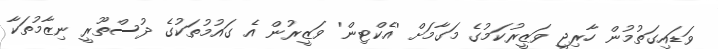
ވަޑައިގަތުމުން ހާރިޖީ ވަޒީރުކަމުގެ މަގާމަށް 'އެކްޓިން' ވަޒީރުން އެ ގައުމުތަކުގެ ދުސްތޫރީ ނިޒާމުތަކާ